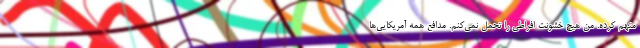
متهم کرده. من هیچ خشونت افراطی را تحمل نمی‌کنم. مدافع همه آمریکایی‌ها